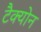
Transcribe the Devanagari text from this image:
टैक्योन